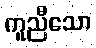
ကူညီသော